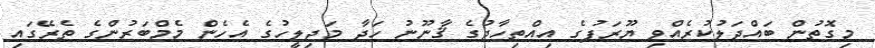
މިގޮތުން ބައްދަލުކުރެއްވި ޔޫރަޕުގެ އިއްތިހާދުގެ ޤާނޫނު ހަދާ މަޖިލީހުގެ އެހެން މެމްބަރުންގެ ތެރޭގައި